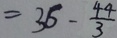
= 3 6 - \frac { 4 4 } { 3 }